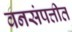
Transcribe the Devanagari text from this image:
वनसंपत्तीत